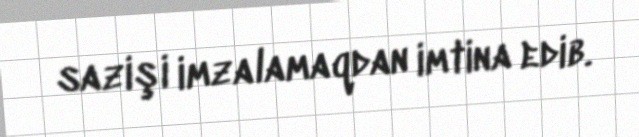
sazişi imzalamaqdan imtina edib.